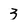
Character: 3